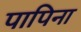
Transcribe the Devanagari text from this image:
पापिना